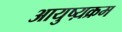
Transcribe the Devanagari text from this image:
आयुष्य़क्रम